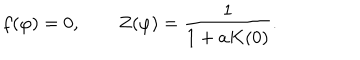
f ( \varphi ) = 0 , \qquad Z ( \varphi ) = \frac { 1 } { 1 + a K ( 0 ) } .